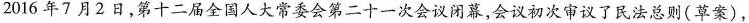
2016年7月2日，第十二届全国人大常委会第二十一次会议闭幕，会议初次审议了民法总则(草案)，